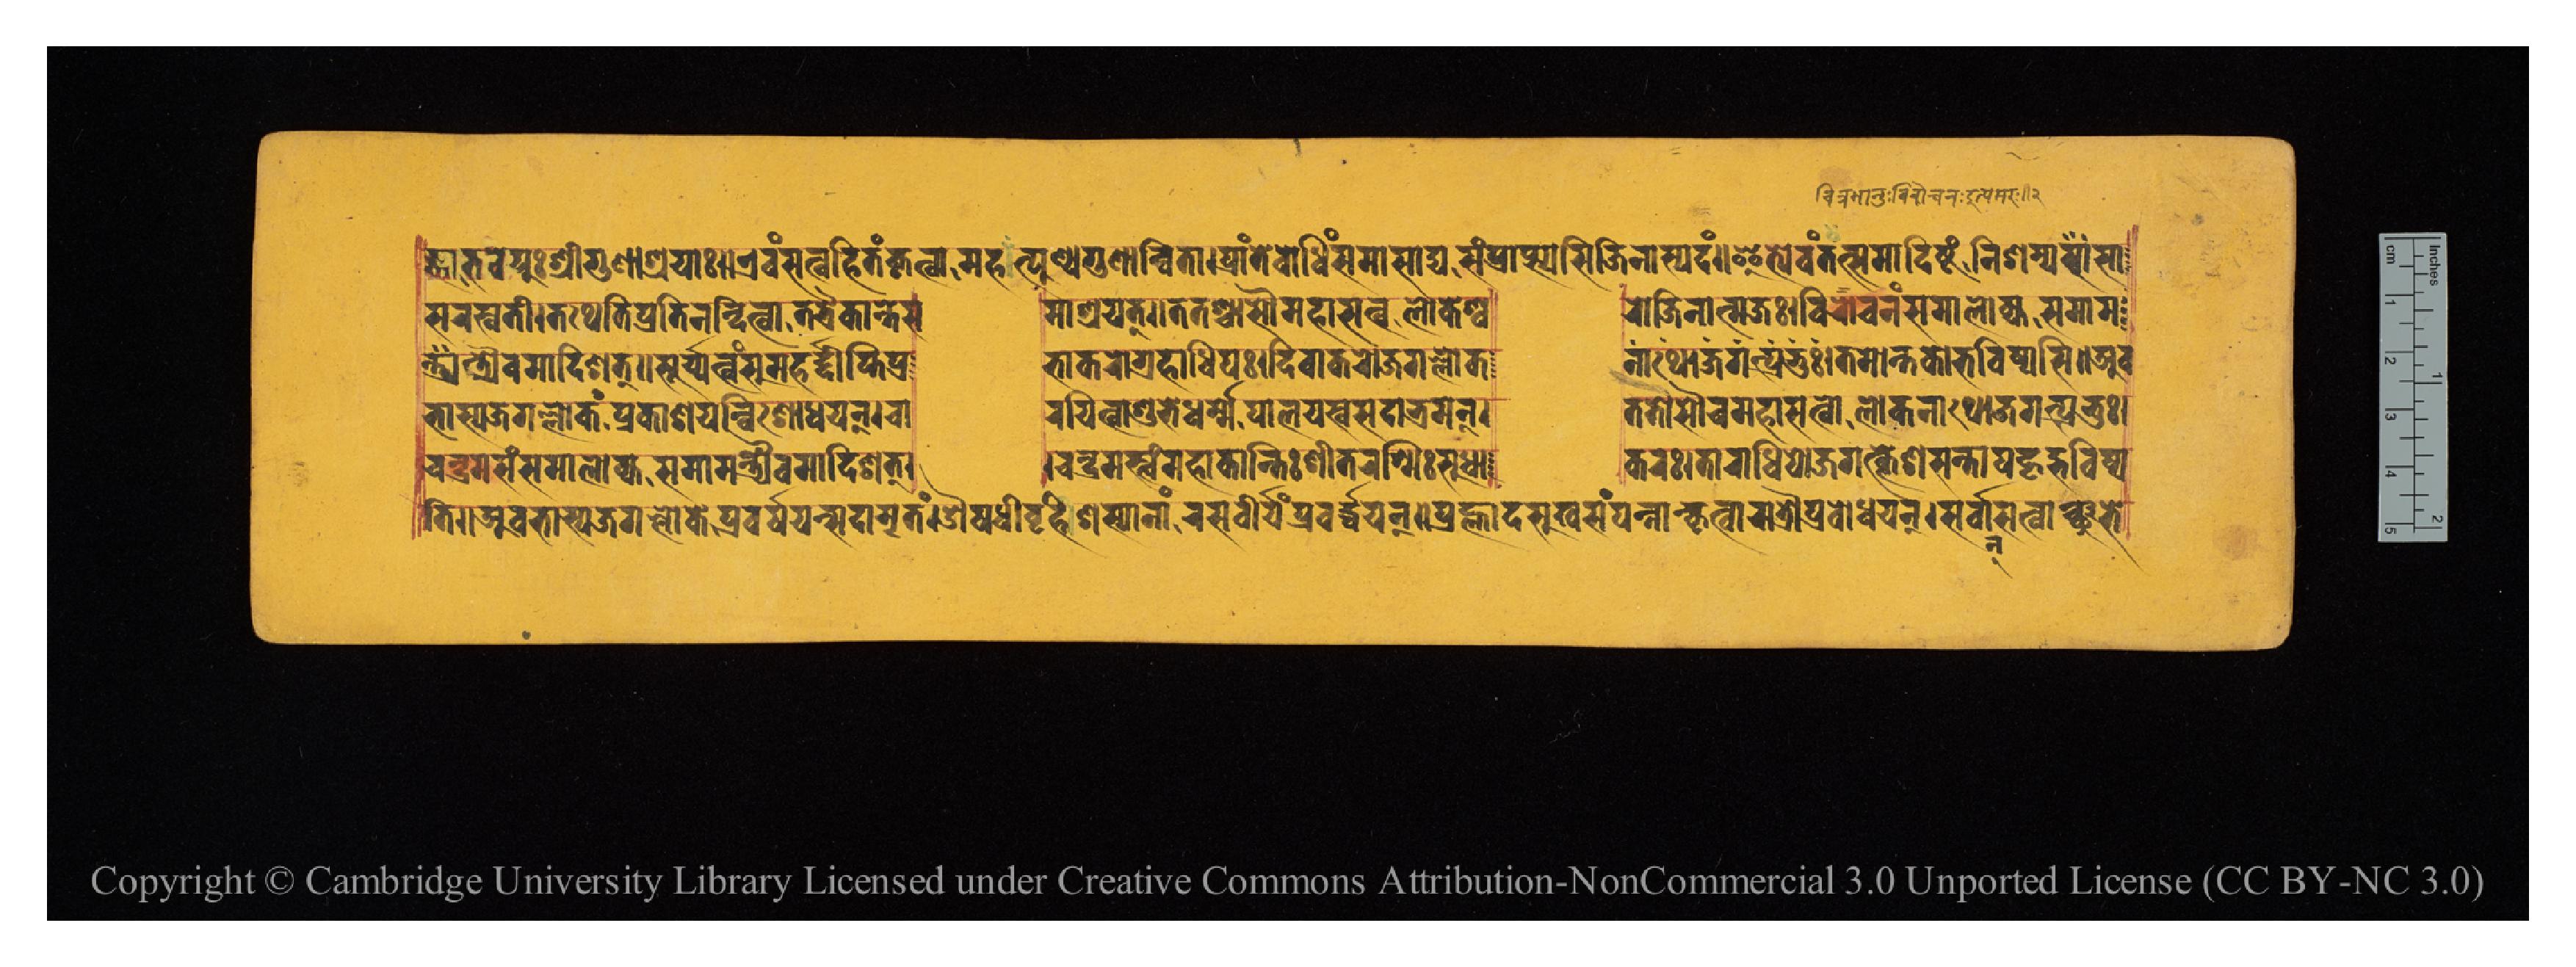
𑐖𑑂𑐘𑐵𑐨𑐰𑐾𑐫𑐸𑐱𑑂𑐬𑐷𑐐𑐸𑐞𑐵𑐱𑑂𑐬𑐫𑐵𑑅𑑌𑐊𑐰𑑄𑐳𑐟𑑂𑐰𑐴𑐶𑐟𑑄𑐎𑐺𑐟𑑂𑐰𑐵𑐩𑐴𑑂𑐟𑑂𑐥𑐸𑐞𑑂𑐫𑐐𑐸𑐞𑐵𑐣𑑂𑐰𑐶𑐟𑐵𑑋𑐥𑑂𑐬𑐵𑐣𑑂𑐟𑐾𑐧𑑀𑐢𑐶𑑄𑐳𑐩𑐵𑐳𑐵𑐡𑑂𑐫𑐳𑑄𑐥𑑂𑐬𑐵𑐥𑑂𑐳𑑂𑐫𑐳𑐶𑐖𑐶𑐣𑐵𑐳𑑂𑐥𑐡𑑄𑑌𑐂𑐟𑑂𑐫𑐾𑐰𑑄𑐟𑐟𑑂𑐳𑐩𑐵𑐡𑐶𑐲𑑂𑐚𑑄𑐣𑐶𑐱𑐩𑑂𑐫𑐳𑐵 𑐳𑐬𑐳𑑂𑐰𑐟𑐷𑑋𑐟𑐠𑐾𑐟𑐶𑐥𑑂𑐬𑐟𑐶𑐣𑐣𑑂𑐡𑐶𑐟𑑂𑐰𑐵𑐟𑐟𑑂𑐬𑐿𑐎𑐵𑐣𑑂𑐟𑐾𑐳  𑐩𑐵𑐱𑑂𑐬𑐫𑐟𑑂𑑌𑐟𑐟𑐱𑑂𑐔𑐵𑐳𑑁𑐩𑐴𑐵𑐳𑐟𑑂𑐰𑑀𑐮𑑀𑐎𑐾𑐱𑑂𑐰  𑐬𑑀𑐖𑐶𑐣𑐵𑐟𑑂𑐩𑐖𑑅𑑋𑐰𑐶𑐬𑑀𑐔𑐣𑑄𑐳𑐩𑐵𑐮𑑀𑐎𑑂𑐫𑐳𑐩𑐵𑐩 𑐣𑑂𑐟𑑂𑐬𑑂𑐫𑐿𑐰𑐩𑐵𑐡𑐶𑐱𑐟𑑂𑑌𑐳𑐹𑐬𑑂𑐫𑐟𑑂𑐰𑑄𑐳𑐸𑐩𑐴𑐡𑑂𑐡𑐷𑐥𑑂𑐟𑐶𑐥𑑂𑐬  𑐨𑐵𑐎𑐬𑑀𑐐𑑂𑐬𑐴𑐵𑐢𑐶𑐥𑑅𑑋𑐡𑐶𑐰𑐵𑐎𑐬𑑀𑐖𑐐𑐮𑑂𑐮𑑀𑐎      𑐣𑐵𑐠𑑀𑐖𑐐𑐟𑑂𑐥𑑂𑐬𑐟𑐸𑑅𑑋𑐟𑐩𑑀𑐣𑑂𑐟𑐎𑐵𑐨𑐰𑐶𑐲𑑂𑐫𑐳𑐶𑑌𑐀𑐰 𑐨𑐵𑐳𑑂𑐫𑐖𑐐𑐮𑑂𑐮𑑀𑐎𑑄𑐥𑑂𑐬𑐎𑐵𑐱𑐫𑐣𑑂𑐰𑐶𑐱𑑀𑐢𑐫𑐣𑑂𑑋𑐔𑐵     𑐬𑐫𑐶𑐟𑑂𑐰𑐵𑐱𑐸𑐨𑐾𑐢𑐬𑑂𑐩𑐾𑐥𑐵𑐮𑐫𑐳𑑂𑐰𑐳𑐡𑐵𑐨𑑂𑐬𑐩𑐣𑑂𑑋  𑐟𑐟𑑀𑐳𑑁𑐔𑐩𑐴𑐵𑐳𑐟𑑂𑐰𑑀𑐮𑑀𑐎𑐣𑐵𑐠𑑀𑐖𑐐𑐟𑑂𑐥𑑂𑐬𑐨𑐸𑑅𑑋 𑐟𑐶𑑌𑐀𑐰𑐨𑐵𑐳𑑂𑐫𑐖𑐐𑐮𑑂𑐮𑑀𑐎𑑄𑐥𑑂𑐬𑐰𑐬𑑂𑐲𑐫𑐣𑑂𑐳𑐡𑐵𑐩𑐺𑐟𑑄𑑋𑐍𑐲𑐢𑐷𑐰𑑂𑐬𑐷𑐴𑐶𑐱𑐳𑑂𑐫𑐵𑐣𑐵𑑄𑐬𑐳𑐰𑐷𑐬𑑂𑐫𑑄𑐥𑑂𑐬𑐰𑐬𑑂𑐢𑐫𑐣𑑂𑑌𑐥𑑂𑐬𑐴𑑂𑐮𑐵𑐡𑑂𑐳𑐸𑐏𑐳𑑄𑐥𑐣𑑂𑐣𑐵𑐣𑑂𑐎𑐺𑐟𑑂𑐰𑐵𑐬𑐵𑐟𑑂𑐬𑑁𑐥𑑂𑐬𑐧𑑀𑐢𑐫𑐣𑑂𑑋𑐳𑐬𑑂𑐰𑑂𑐰𑐵𑐣𑑂𑐳𑐟𑑂𑐰𑐵𑐣𑑂𑐱𑐸𑐨𑐾 𑐔𑐣𑑂𑐡𑑂𑐬𑐩𑐳𑑄𑐳𑐩𑐵𑐮𑑀𑐎𑑂𑐫𑐳𑐩𑐵𑐩𑑄𑐟𑑂𑐬𑑂𑐫𑐿𑐰𑐩𑐵𑐡𑐶𑐱𑐟𑑂𑑋  𑑋𑐔𑑄𑐡𑑂𑐬𑐩𑐳𑑂𑐰𑑄𑐩𑐴𑐵𑐎𑐵𑐣𑑂𑐟𑐶𑑅𑐱𑐷𑐟𑐬𑐱𑑂𑐩𑐶𑑅𑐳𑐸𑐢𑐵  𑐎𑐬𑑅𑑋𑐟𑐵𑐬𑐵𑐢𑐶𑐥𑑀𑐖𑐐𑐟𑑂𑐎𑑂𑐮𑐾𑐱𑐳𑐣𑑂𑐟𑐵𑐥𑐴𑐺𑐡𑑂𑐨𑐰𑐶𑐲𑑂𑐫